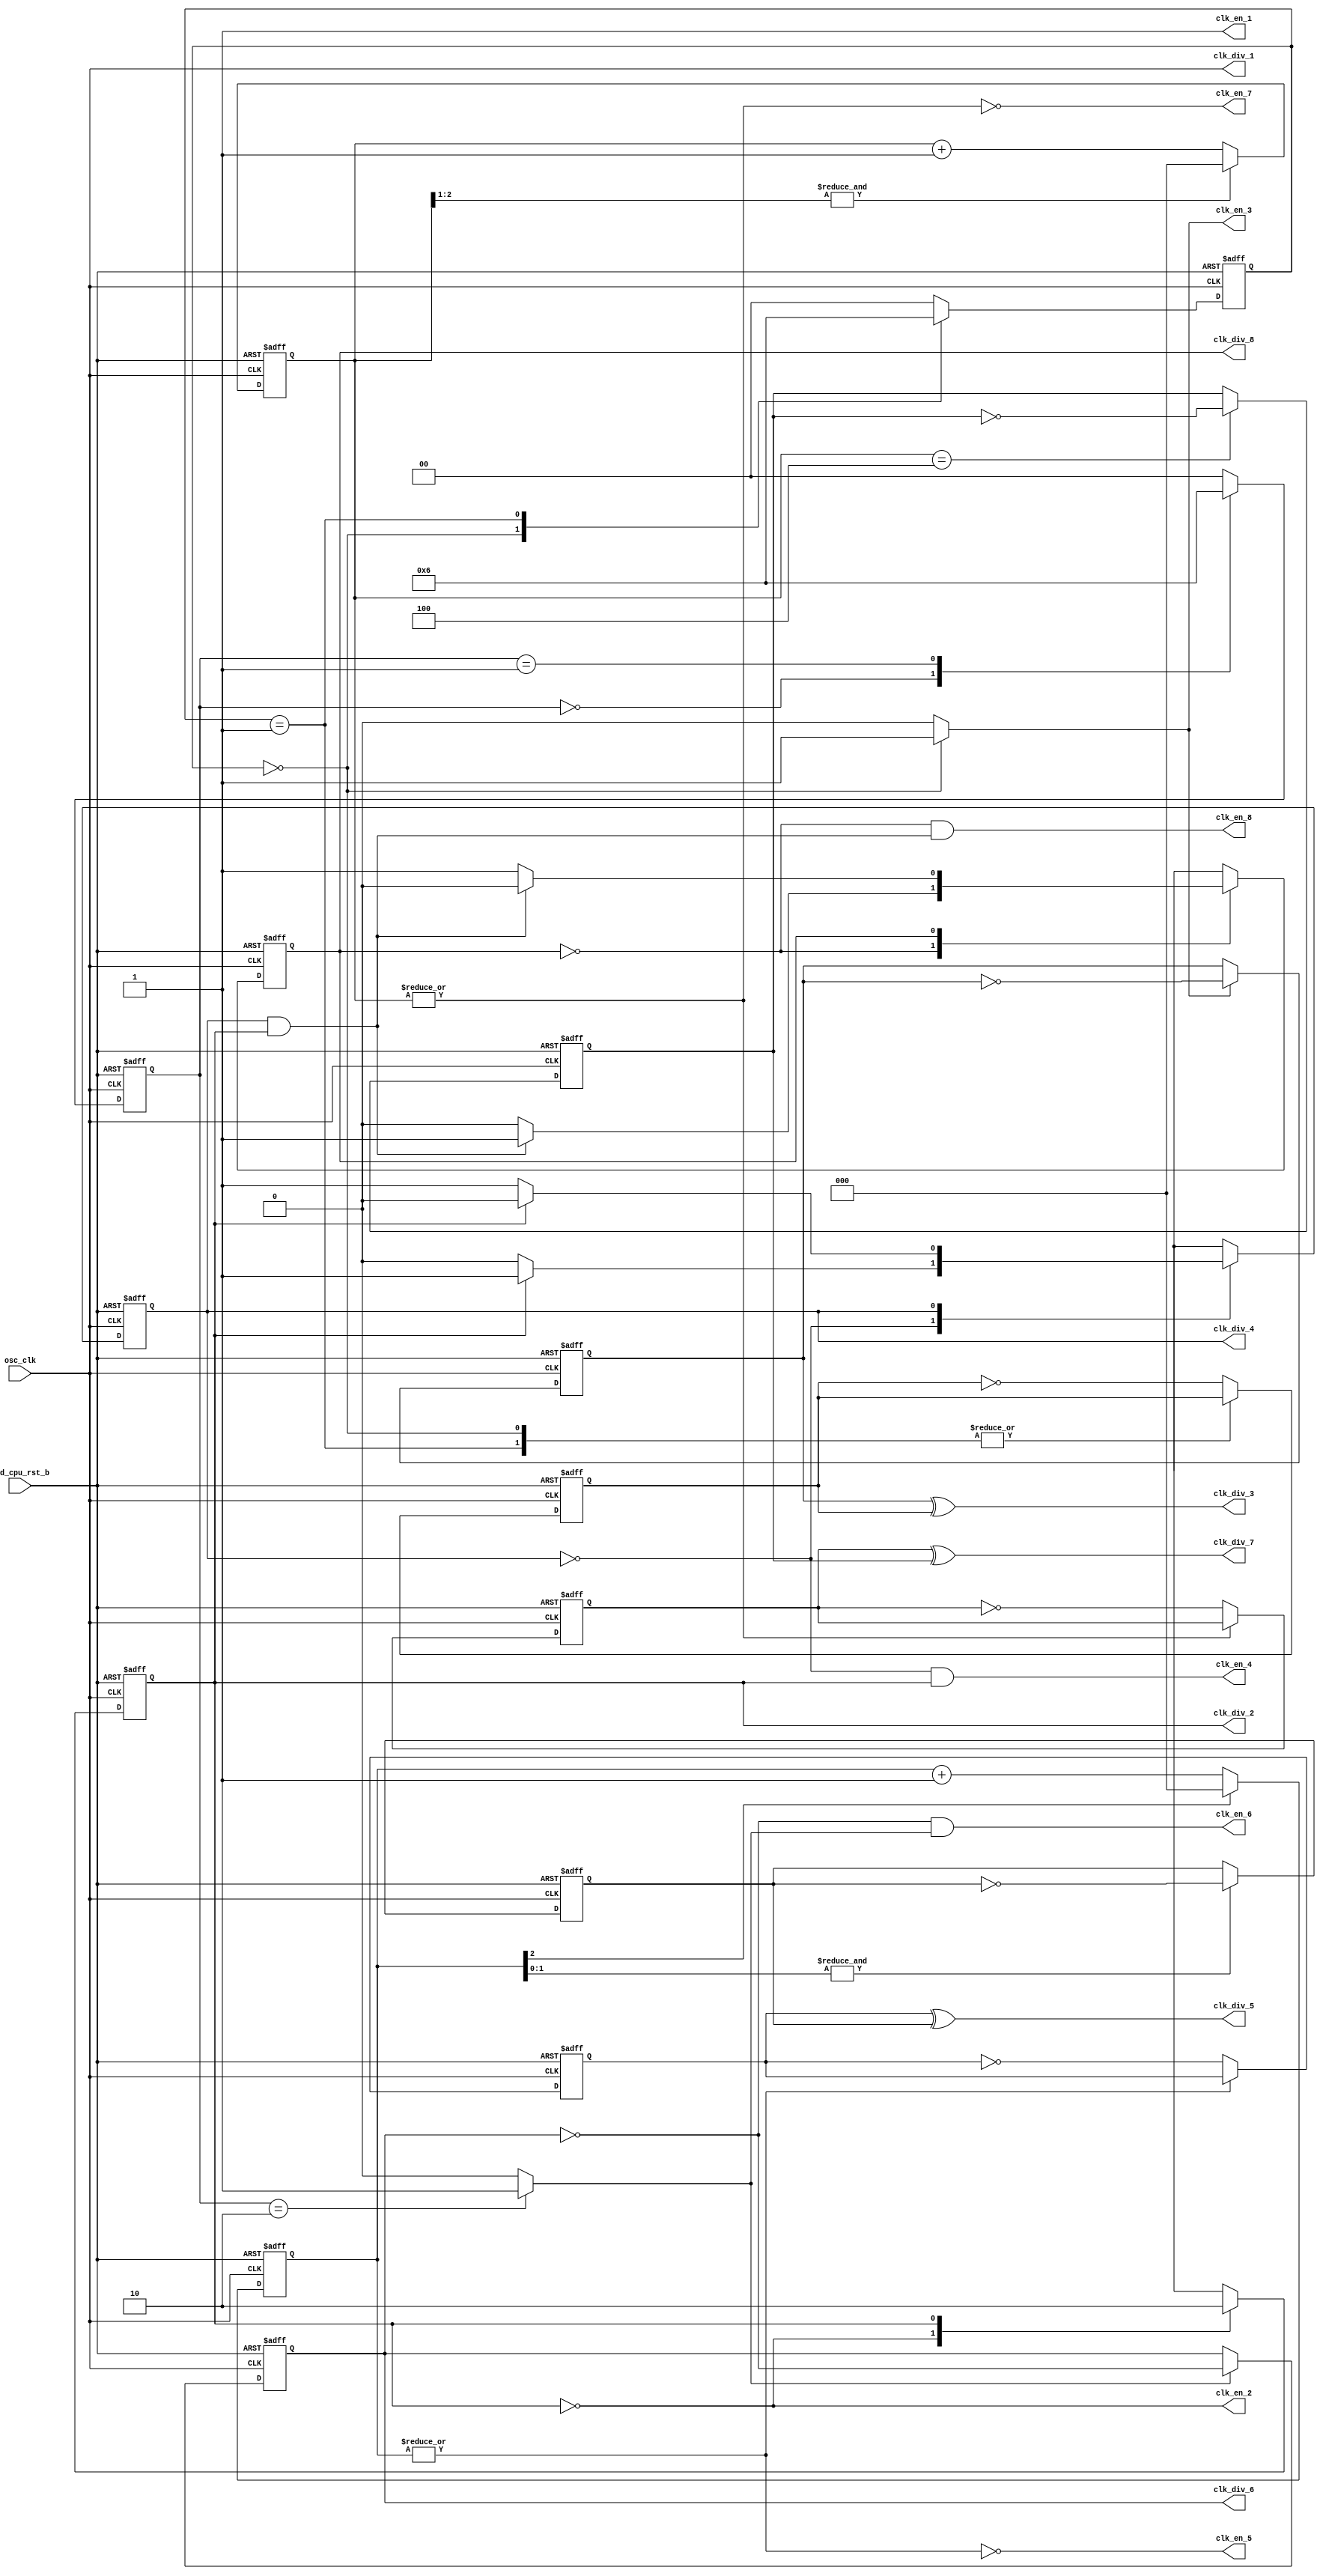
/*Copyright 2018-2021 T-Head Semiconductor Co., Ltd.

Licensed under the Apache License, Version 2.0 (the "License");
you may not use this file except in compliance with the License.
You may obtain a copy of the License at

    http://www.apache.org/licenses/LICENSE-2.0

Unless required by applicable law or agreed to in writing, software
distributed under the License is distributed on an "AS IS" BASIS,
WITHOUT WARRANTIES OR CONDITIONS OF ANY KIND, either express or implied.
See the License for the specific language governing permissions and
limitations under the License.
*/

// &ModuleBeg; @22
module clk_divider(
  clk_div_1,
  clk_div_2,
  clk_div_3,
  clk_div_4,
  clk_div_5,
  clk_div_6,
  clk_div_7,
  clk_div_8,
  clk_en_1,
  clk_en_2,
  clk_en_3,
  clk_en_4,
  clk_en_5,
  clk_en_6,
  clk_en_7,
  clk_en_8,
  osc_clk,
  pad_cpu_rst_b
);

// &Ports; @23
input          osc_clk;           
input          pad_cpu_rst_b;     
output         clk_div_1;         
output         clk_div_2;         
output         clk_div_3;         
output         clk_div_4;         
output         clk_div_5;         
output         clk_div_6;         
output         clk_div_7;         
output         clk_div_8;         
output         clk_en_1;          
output         clk_en_2;          
output         clk_en_3;          
output         clk_en_4;          
output         clk_en_5;          
output         clk_en_6;          
output         clk_en_7;          
output         clk_en_8;          

// &Regs; @24
reg            clk_div_3_en_1;    
reg            clk_div_3_en_2;    
reg            clk_div_3_toggle_1; 
reg            clk_div_3_toggle_2; 
reg            clk_div_5_toggle_1; 
reg            clk_div_5_toggle_2; 
reg            clk_div_6_en;      
reg            clk_div_6_toggle;  
reg            clk_div_7_toggle_1; 
reg            clk_div_7_toggle_2; 
reg     [2:0]  cnt_5;             
reg     [2:0]  cnt_7;             
reg            div_2_next_state;  
reg            div_2_state;       
reg     [1:0]  div_3_next_state;  
reg     [1:0]  div_3_state;       
reg            div_4_next_state;  
reg            div_4_state;       
reg     [1:0]  div_6_next_state;  
reg     [1:0]  div_6_state;       
reg            div_8_next_state;  
reg            div_8_state;       

// &Wires; @25
wire           clk_div_1;         
wire           clk_div_2;         
wire           clk_div_3;         
wire           clk_div_4;         
wire           clk_div_4_toggle;  
wire           clk_div_5;         
wire           clk_div_5_en_1;    
wire           clk_div_5_en_2;    
wire           clk_div_6;         
wire           clk_div_7;         
wire           clk_div_7_en_1;    
wire           clk_div_7_en_2;    
wire           clk_div_8;         
wire           clk_div_8_toggle;  
wire           clk_en_1;          
wire           clk_en_2;          
wire           clk_en_3;          
wire           clk_en_4;          
wire           clk_en_5;          
wire           clk_en_6;          
wire           clk_en_7;          
wire           clk_en_8;          
wire           osc_clk;           
wire           pad_cpu_rst_b;     


parameter STATE0 = 1'b0, STATE1 = 1'b1;
parameter DIV3_STATE0 = 2'b00,DIV3_STATE1 = 2'b01,DIV3_STATE2 = 2'b10;
parameter DIV1=3'b000,DIV2=3'b001,DIV3=3'b010,DIV4=3'b011,
          DIV5=3'b100,DIV6=3'b101,DIV7=3'b110,DIV8=3'b111;

//============================================================
// osc_clk domain clock divider
// 1. if reset falling edge exists when pll clk toggles,
//    using div_rst_pulse_b to reset all dividers to 0
// 2. if reset falling edge doesn't exist when pll clk toggles,
//    assume all flops are either 1 or 0
//============================================================

//generate 1/1 clock

assign clk_div_1 = osc_clk;

//generate 1/1 clock enable 

assign clk_en_1 = 1;

// generate 1/2 clock
always @(posedge osc_clk or negedge pad_cpu_rst_b)
begin
  if (!pad_cpu_rst_b)
    div_2_state <= 1'b0;
  else
    div_2_state <= div_2_next_state;
end

// &CombBeg; @57
always @( div_2_state)
begin
  div_2_next_state = 1'bx;
  case(div_2_state)
    STATE0: begin
              div_2_next_state = STATE1;
    end
    STATE1: begin
              div_2_next_state = STATE0;
    end
  endcase
// &CombEnd; @67
end

assign clk_div_2        = div_2_state;
assign clk_div_4_toggle = (div_2_state == STATE1);

//generate 1/2 clock enable
assign clk_en_2         = ~div_2_state;


// generate 1/3 clock
always@(posedge osc_clk or negedge pad_cpu_rst_b)
begin
  if(!pad_cpu_rst_b)
    div_3_state[1:0] <= 2'b0;
  else
    div_3_state[1:0] <= div_3_next_state[1:0];
end

// &CombBeg; @85
always @( div_3_state)
begin
  case(div_3_state)
    DIV3_STATE0:begin
         div_3_next_state[1:0] = DIV3_STATE1;
         clk_div_3_en_2 = 1'b0;
         clk_div_3_en_1 =1'b1;
         end
    DIV3_STATE1:begin
         div_3_next_state[1:0] = DIV3_STATE2;
         clk_div_3_en_2 = 1'b0;
         clk_div_3_en_1 =1'b0;
         end
    DIV3_STATE2:begin
         div_3_next_state[1:0] = DIV3_STATE0;
         clk_div_3_en_2 = 1'b1;
         clk_div_3_en_1 =1'b0;
         end
    default : begin
         div_3_next_state[1:0] = DIV3_STATE0;
         clk_div_3_en_2 = 1'b1; 
         clk_div_3_en_1 = 1'b0;
	 end
  endcase
// &CombEnd; @108
end

always @(posedge osc_clk or negedge pad_cpu_rst_b)
begin
  if(!pad_cpu_rst_b)
    clk_div_3_toggle_1 <= 1'b0;
  else if(clk_div_3_en_1)
    clk_div_3_toggle_1 <= ~clk_div_3_toggle_1;
end

always @(negedge osc_clk or negedge pad_cpu_rst_b)
begin
  if(!pad_cpu_rst_b)
    clk_div_3_toggle_2 <= 1'b0;
  else if(clk_div_3_en_2)
    clk_div_3_toggle_2 <= ~clk_div_3_toggle_2;
end

assign clk_div_3 = clk_div_3_toggle_1^clk_div_3_toggle_2;

//generate 1/3 clock enable
assign clk_en_3 = clk_div_3_en_1;

//reg clk_div_3;
//always @(clk_div_3_toggle_1 or clk_div_3_toggle_2)
//begin
//  clk_div_3 = clk_div_3_toggle_1 ^ clk_div_3_toggle_2;
//end

// generate 1/5 clock
always@(posedge osc_clk or negedge pad_cpu_rst_b)
begin
  if(!pad_cpu_rst_b)
    cnt_5[2:0] <= 3'b0;
  else if(cnt_5[2])
    cnt_5[2:0] <= 3'b0;
  else
    cnt_5[2:0] <= cnt_5[2:0] + 3'b001;
end

assign clk_div_5_en_1 = ~|cnt_5[2:0];
assign clk_div_5_en_2 = &cnt_5[1:0];

always @(posedge osc_clk or negedge pad_cpu_rst_b)
begin
  if(!pad_cpu_rst_b)
    clk_div_5_toggle_1 <= 1'b0;
  else if(clk_div_5_en_1)
    clk_div_5_toggle_1 <= ~clk_div_5_toggle_1;
end

always @(negedge osc_clk or negedge pad_cpu_rst_b)
begin
  if(!pad_cpu_rst_b)
    clk_div_5_toggle_2 <= 1'b0;
  else if(clk_div_5_en_2)
     clk_div_5_toggle_2 <= ~clk_div_5_toggle_2;
end

assign clk_div_5 = clk_div_5_toggle_1^clk_div_5_toggle_2;

//generate 1/5 clock enable

assign clk_en_5 = clk_div_5_en_1;

// generate 1/7 clock
always@(posedge osc_clk or negedge pad_cpu_rst_b)
begin
  if(!pad_cpu_rst_b)
    cnt_7[2:0] <= 3'b0;
  else if(&cnt_7[2:1])
    cnt_7[2:0] <= 3'b0;
  else
    cnt_7[2:0] <= cnt_7[2:0] + 3'b001;
end

assign clk_div_7_en_1 = ~|cnt_7[2:0];
assign clk_div_7_en_2 = (cnt_7[2:0]==3'b100);

always @(posedge osc_clk or negedge pad_cpu_rst_b)
begin
  if(!pad_cpu_rst_b)
    clk_div_7_toggle_1 <= 1'b0; 
  else if(clk_div_7_en_1)
    clk_div_7_toggle_1 <= ~clk_div_7_toggle_1;
end

always @(negedge osc_clk or negedge pad_cpu_rst_b)
begin
  if(!pad_cpu_rst_b)
    clk_div_7_toggle_2 <= 1'b0;
  else if(clk_div_7_en_2) 
    clk_div_7_toggle_2 <= ~clk_div_7_toggle_2;
end

assign clk_div_7 = clk_div_7_toggle_1^clk_div_7_toggle_2;

 
//generate 1/7 clock enable
 
assign clk_en_7 = clk_div_7_en_1;


// generate 1/4 clock
always @(posedge osc_clk or negedge pad_cpu_rst_b)
begin
  if(!pad_cpu_rst_b)
    div_4_state <= 1'b0;
  else
    div_4_state <= div_4_next_state;
end

// &CombBeg; @220
always @( div_4_state
       or clk_div_4_toggle)
begin
  div_4_next_state = 1'bx;
  case(div_4_state)
    STATE0: begin
        if(clk_div_4_toggle)
          div_4_next_state = STATE1;
        else
          div_4_next_state = STATE0;
    end
    STATE1: begin
        if(clk_div_4_toggle)
          div_4_next_state = STATE0;
        else
          div_4_next_state = STATE1;
    end
  endcase
// &CombEnd; @236
end

assign clk_div_4        = div_4_state;
assign clk_div_8_toggle = (div_4_state == STATE1) & (div_2_state == STATE1);

//generate 1/4 clock enable

assign clk_en_4 = (div_4_state == STATE0) & (div_2_state == STATE1);

// generate 1/6 clock
always @(posedge osc_clk or negedge pad_cpu_rst_b)
begin
  if(!pad_cpu_rst_b)
    div_6_state[1:0] <= 2'b0;
  else
    div_6_state[1:0] <= div_6_next_state[1:0];
end

// &CombBeg; @254
always @( div_6_state[1:0])
begin
  div_6_next_state = 1'bx;
  clk_div_6_en     = 1'bx;
  case(div_6_state[1:0])
    DIV3_STATE0: 
    begin
      div_6_next_state = DIV3_STATE1;
      clk_div_6_en     = 1'b0;
    end
    DIV3_STATE1:
    begin
      div_6_next_state = DIV3_STATE2;
      clk_div_6_en     = 1'b0;
    end
    DIV3_STATE2:
    begin
      div_6_next_state = DIV3_STATE0;
      clk_div_6_en     = 1'b1;
    end
    default:
    begin
      div_6_next_state = DIV3_STATE0;
      clk_div_6_en     = 1'b0;
    end
  endcase
// &CombEnd; @279
end

always @(posedge osc_clk or negedge pad_cpu_rst_b )
begin
  if (!pad_cpu_rst_b)
    clk_div_6_toggle <= 1'b0;
  else if(clk_div_6_en)
    clk_div_6_toggle <= ~clk_div_6_toggle;
end

assign clk_div_6 = clk_div_6_toggle;

//generate 1/6 clock enable

assign clk_en_6 = ~clk_div_6_toggle & clk_div_6_en;


// generate 1/8 clock
always @(posedge osc_clk or negedge pad_cpu_rst_b)
begin
  if(!pad_cpu_rst_b)
    div_8_state <= 1'b0;
  else  
    div_8_state <= div_8_next_state;
end

// &CombBeg; @305
always @( clk_div_8_toggle
       or div_8_state)
begin
  div_8_next_state = 1'bx;
  case(div_8_state)
    STATE0: begin
        if(clk_div_8_toggle)
          div_8_next_state = STATE1;
        else
          div_8_next_state = STATE0;
    end
    STATE1: begin
        if(clk_div_8_toggle)
          div_8_next_state = STATE0;
        else
          div_8_next_state = STATE1;
    end
  endcase
// &CombEnd; @321
end

assign clk_div_8      = div_8_state;

//generate 1/8 clock enable

assign clk_en_8 = ~div_8_state & clk_div_8_toggle;

// &ModuleEnd; @329
endmodule